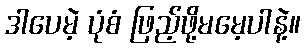
ဒါပေမဲ့ ပုံစံ ဖြည့်ဖို့မမေ့ပါနဲ့။